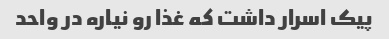
پیک اسرار داشت که غذا رو نیاره در واحد